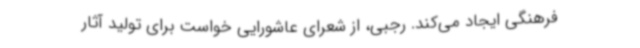
فرهنگی ایجاد می‌کند. رجبی، از شعرای عاشورایی خواست برای تولید آثار